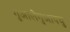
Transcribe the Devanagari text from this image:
गुआलेगुआयचु